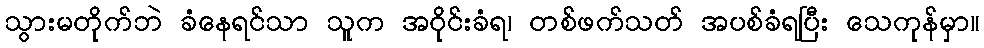
သွားမတိုက်ဘဲ ခံနေရင်သာ သူက အဝိုင်းခံရ၊ တစ်ဖက်သတ် အပစ်ခံရပြီး သေကုန်မှာ။